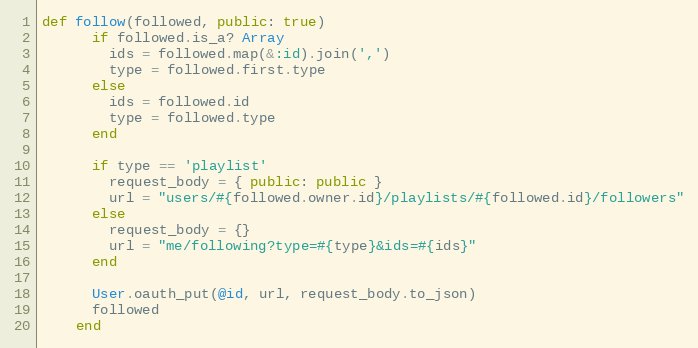
Language: Ruby
def follow(followed, public: true)
      if followed.is_a? Array
        ids = followed.map(&:id).join(',')
        type = followed.first.type
      else
        ids = followed.id
        type = followed.type
      end

      if type == 'playlist'
        request_body = { public: public }
        url = "users/#{followed.owner.id}/playlists/#{followed.id}/followers"
      else
        request_body = {}
        url = "me/following?type=#{type}&ids=#{ids}"
      end

      User.oauth_put(@id, url, request_body.to_json)
      followed
    end